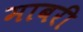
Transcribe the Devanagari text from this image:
माबरी